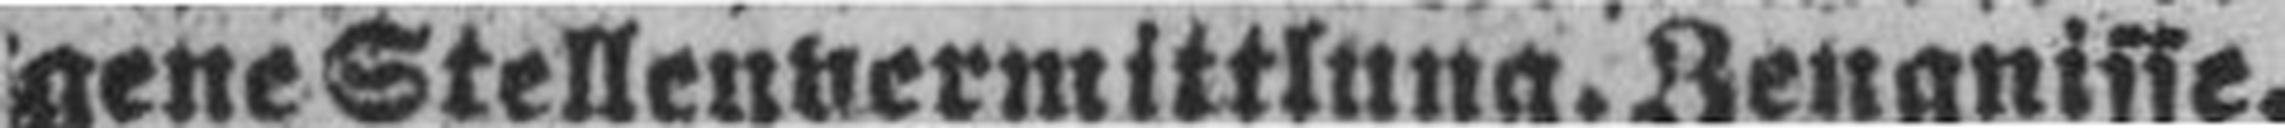
gene Stellenvermittlung. Zeugnisse.